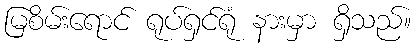
မြစိမ်းရောင် ရုပ်ရှင်ရုံ နားမှာ ရှိသည်။